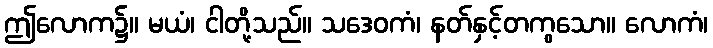
ဤလောက၌။ မယံ၊ ငါတို့သည်။ သဒေဝကံ၊ နတ်နှင့်တကွသော။ လောကံ၊